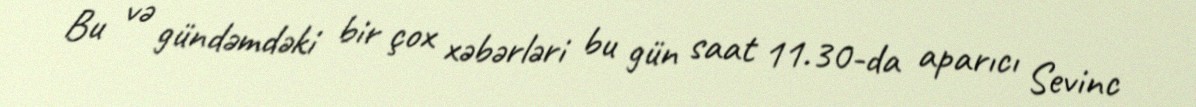
Bu və gündəmdəki bir çox xəbərləri bu gün saat 11.30-da aparıcı Sevinc